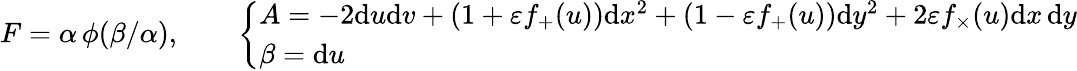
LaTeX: \begin{array}{r}{F=\alpha\, \phi(\beta/\alpha),\qquad\left\{ \begin{array}{ll}{A=-2\mathrm{d}u\mathrm{d}v+(1+\varepsilon f_{+}(u))\mathrm{d}x^{2}+(1-\varepsilon f_{+}(u))\mathrm{d}y^{2}+2\varepsilon f_{\times}(u)\mathrm{d}x\, \mathrm{d}y}\\ {\beta=\mathrm{d}u}\end{array}\right.}\end{array}